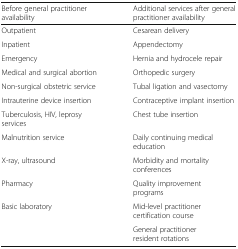
<table><thead><tr><td><b>Before general practitioner availability</b></td><td><b>Additional services after general practitioner availability</b></td></tr></thead><tbody><tr><td>Outpatient</td><td>Cesarean delivery</td></tr><tr><td>Inpatient</td><td>Appendectomy</td></tr><tr><td>Emergency</td><td>Hernia and hydrocele repair</td></tr><tr><td>Medical and surgical abortion</td><td>Orthopedic surgery</td></tr><tr><td>Non-surgical obstetric service</td><td>Tubal ligation and vasectomy</td></tr><tr><td>Intrauterine device insertion</td><td>Contraceptive implant insertion</td></tr><tr><td>Tuberculosis, HIV, leprosy services</td><td>Chest tube insertion</td></tr><tr><td>Malnutrition service</td><td>Daily continuing medical education</td></tr><tr><td>X-ray, ultrasound</td><td>Morbidity and mortality conferences</td></tr><tr><td>Pharmacy</td><td>Quality improvement programs</td></tr><tr><td>Basic laboratory</td><td>Mid-level practitioner certification course</td></tr><tr><td></td><td>General practitioner resident rotations</td></tr></tbody></table>